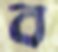
ব